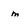
Character: m